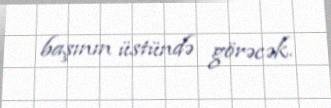
başının üstündə görəcək.